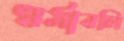
ধর্মাবলি